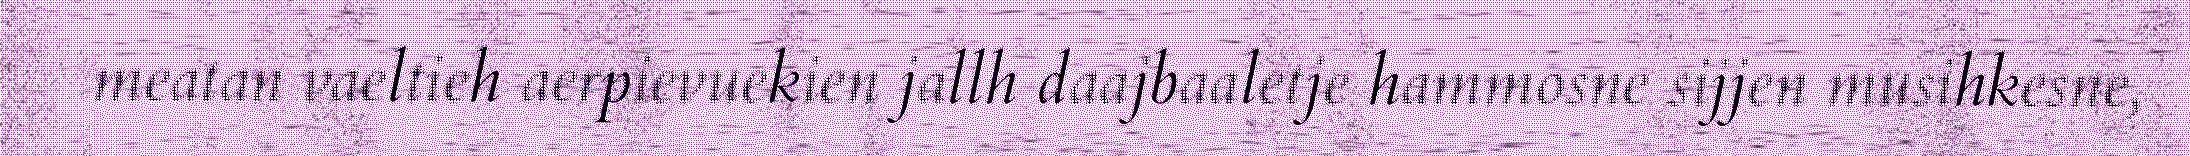
meatan vaeltieh aerpievuekien jallh daajbaaletje hammosne sijjen musihkesne,